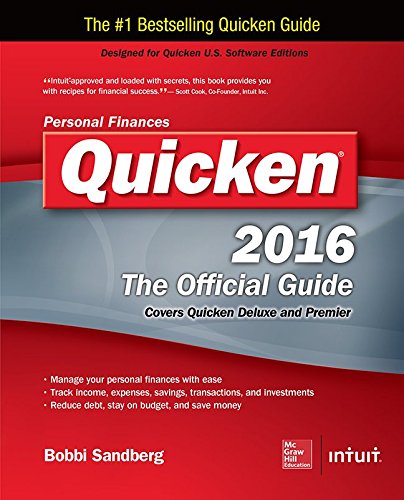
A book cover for Quicken 2016 The Official Guide (Quicken : the Official Guide); Bobbi Sandberg; Computers & Technology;